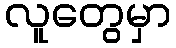
လူတွေမှာ